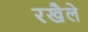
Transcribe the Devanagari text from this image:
रखैले